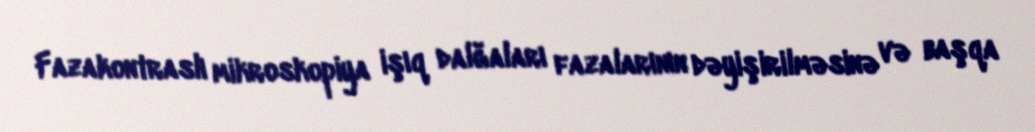
Fazakontraslı mikroskopiya işıq dalğaları fazalarının dəyişirilməsinə və başqa